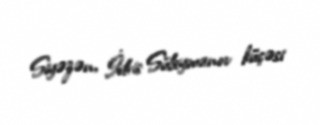
Siyəzən, İdris Süleymanov küçəsi